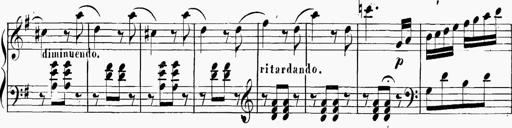
Title: 6 Sonatinas
Composer: Carl Reinecke